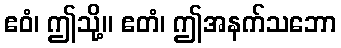
ဧဝံ၊ ဤသို့။ ဧတံ၊ ဤအနက်သဘော